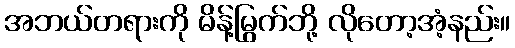
အဘယ်တရားကို မိန့်မြွက်ဘို့ လိုတော့အံ့နည်း။